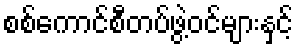
စစ်ကောင်စီတပ်ဖွဲ့ဝင်များနှင့်